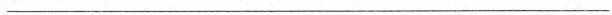
___